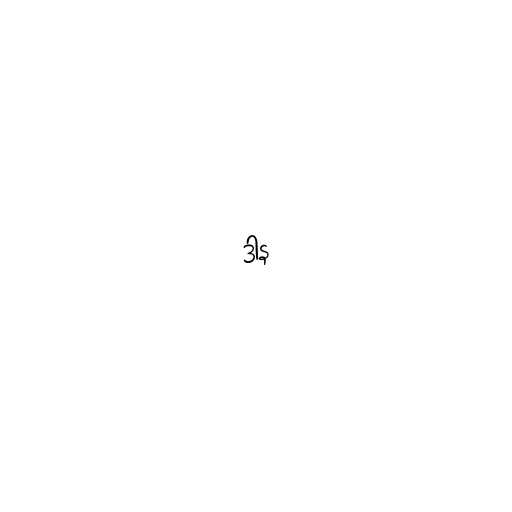
ဒါန